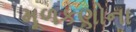
મૂળકણોના